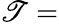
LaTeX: \mathscr{T}=